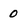
Character: 0